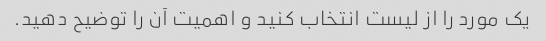
یک مورد را از لیست انتخاب کنید و اهمیت آن را توضیح دهید.